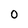
Character: 0